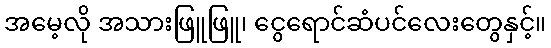
အမေ့လို အသားဖြူဖြူ၊ ငွေရောင်ဆံပင်လေးတွေနှင့်။